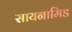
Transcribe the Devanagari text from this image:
सायनामिड